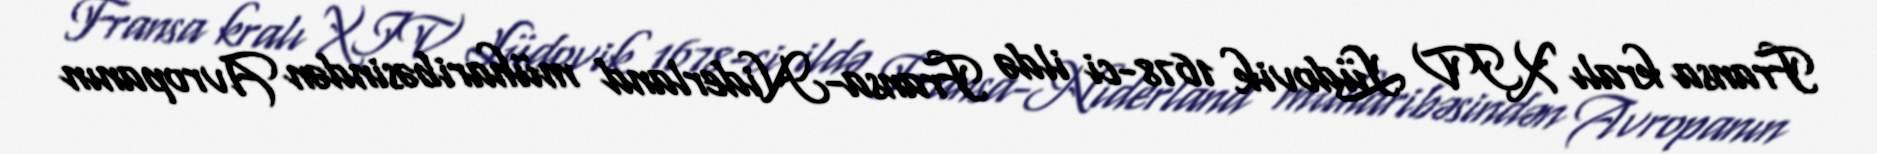
Fransa kralı XIV Lüdovik 1678-ci ildə Fransa-Niderland müharibəsindən Avropanın